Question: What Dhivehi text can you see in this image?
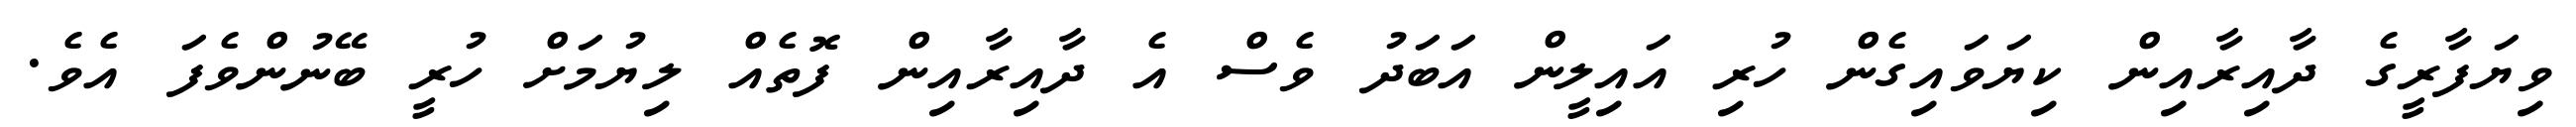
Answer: ވިޔަފާރީގެ ދާއިރާއިން ކިޔަވައިގެން ހުރި އައިލީން އަބަދު ވެސް އެ ދާއިރާއިން ފޮތެއް ލިޔުމަށް ހުރީ ބޭނުންވެފަ އެވެ.